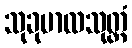
သုခုမာလသုတ္တံ